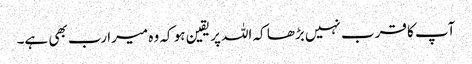
آپ کا قرب نہیں بڑھا کہ اللہ پر یقین ہو کہ وہ میرا رب بھی ہے۔